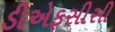
ડીએફસીસી